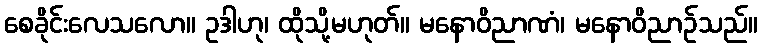
စေခိုင်းလေသလော။ ဥဒါဟု၊ ထိုသို့မဟုတ်။ မနောဝိညာဏံ၊ မနောဝိညာဉ်သည်။